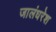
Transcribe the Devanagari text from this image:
जालंधरेश